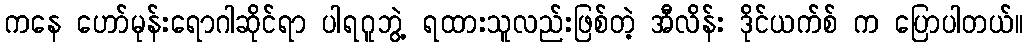
ကနေ ဟော်မုန်းရောဂါဆိုင်ရာ ပါရဂူဘွဲ့ ရထားသူလည်းဖြစ်တဲ့ အီလိန်း ဒိုင်ယက်စ် က ပြောပါတယ်။